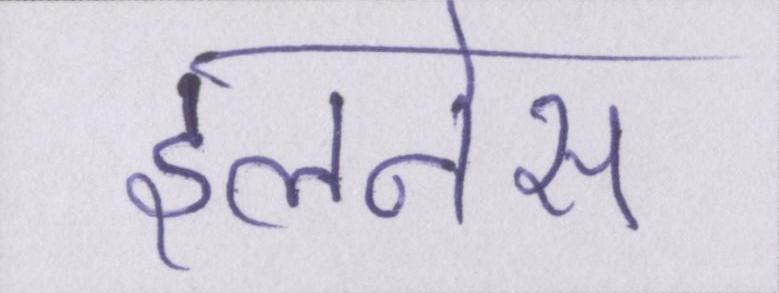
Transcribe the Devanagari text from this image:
इलनेस